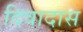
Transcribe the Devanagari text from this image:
दिवादास